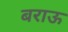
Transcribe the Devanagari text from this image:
बराऊ